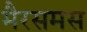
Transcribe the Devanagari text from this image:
मैरसमस